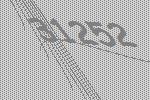
31252